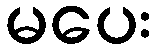
မပေး